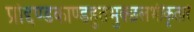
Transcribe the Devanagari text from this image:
प्रोद्दण्डकाण्डहुतभुक्छलभीकृतारे